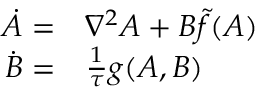
\begin{array} { r l } { \dot { A } = } & { { } \nabla ^ { 2 } A + B \tilde { f } ( A ) } \\ { \dot { B } = } & { { } \frac { 1 } { \tau } g ( A , B ) } \end{array}